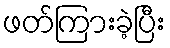
ဖတ်ကြားခဲ့ပြီး